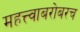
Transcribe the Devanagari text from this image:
महत्त्वाबरोबरच